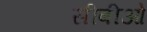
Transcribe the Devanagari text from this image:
सीबीओ